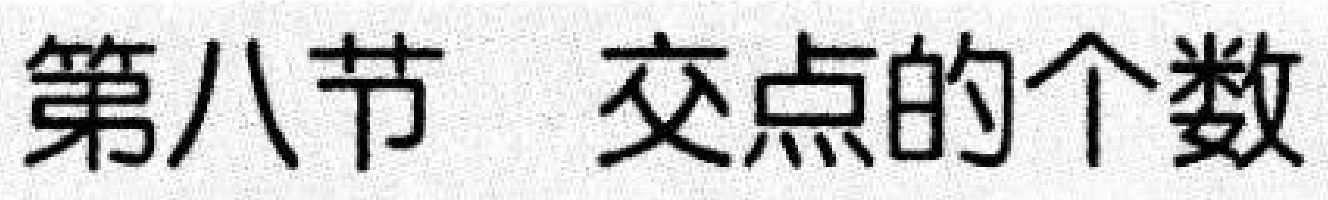
第八节  交点的个数